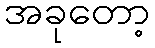
အခုတော့